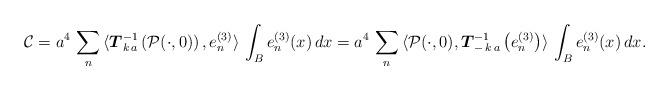
LaTeX: \begin{align*}\mathcal{C} = a^{4} \, \sum_{n} \, \langle \boldsymbol{T}_{k \, a}^{-1}\left( \mathcal{P}(\cdot,0)\right) , e^{(3)}_{n}\rangle \, \int_{B} e^{(3)}_{n}(x) \, dx = a^{4} \, \sum_{n} \, \langle \mathcal{P}(\cdot,0), \boldsymbol{T}_{- \, k \, a}^{-1}\left(e^{(3)}_{n}\right)\rangle \, \int_{B} e^{(3)}_{n}(x) \, dx.\end{align*}